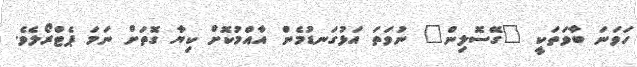
ހަވަނަ ބާވަތަކީ "ގޭސޮލިން" ނުވަތަ އަޅުގަނޑުމެން އާއްމުކޮށް ކިޔާ ގޮތަށް ނަމަ ޕެޓްރޯލެވެ.